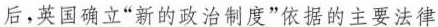
后，英国确立”新的政治制度”依据的主要法律文件。依据该法律